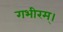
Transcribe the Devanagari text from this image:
गभीरम्।